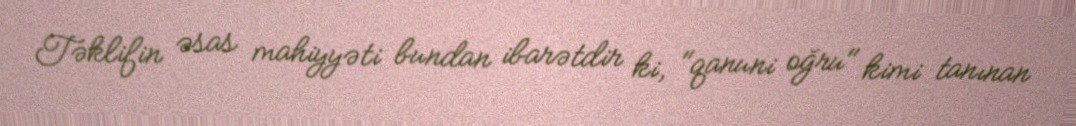
Təklifin əsas mahiyyəti bundan ibarətdir ki, "qanuni oğru" kimi tanınan